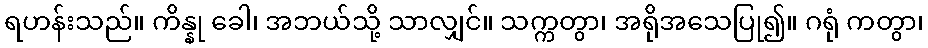
ရဟန်းသည်။ ကိန္နု ခေါ၊ အဘယ်သို့ သာလျှင်။ သက္ကတွာ၊ အရိုအသေပြု၍။ ဂရုံ ကတွာ၊